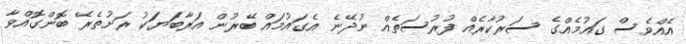
އެއްވެސް ގައުމެއްގެ ސަރުކާރެއް ފުރުސަތެއް ނުދޭނެ އެގައުމައް ބޭރުން އަރާބަޔަކު ރަށުތެރޭ ބޮންގޮއްވާ